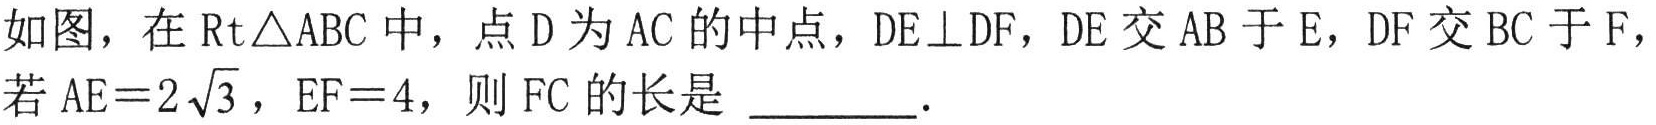
如图，在\(\text{Rt}\triangle ABC\)中，点\(D\)为\(AC\)的中点，\(DE\perp DF\)，\(DE\)交\(AB\)于\(E\)，\(DF\)交\(BC\)于\(F\)，
若\(AE = 2\sqrt{3}\)，\(EF = 4\)，则\(FC\)的长是 \_\_\_\_\_．